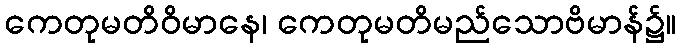
ကေတုမတိဝိမာနေ၊ ကေတုမတိမည်သောဗိမာန်၌။